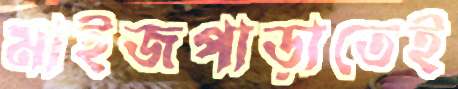
মাইজপাড়াতেই